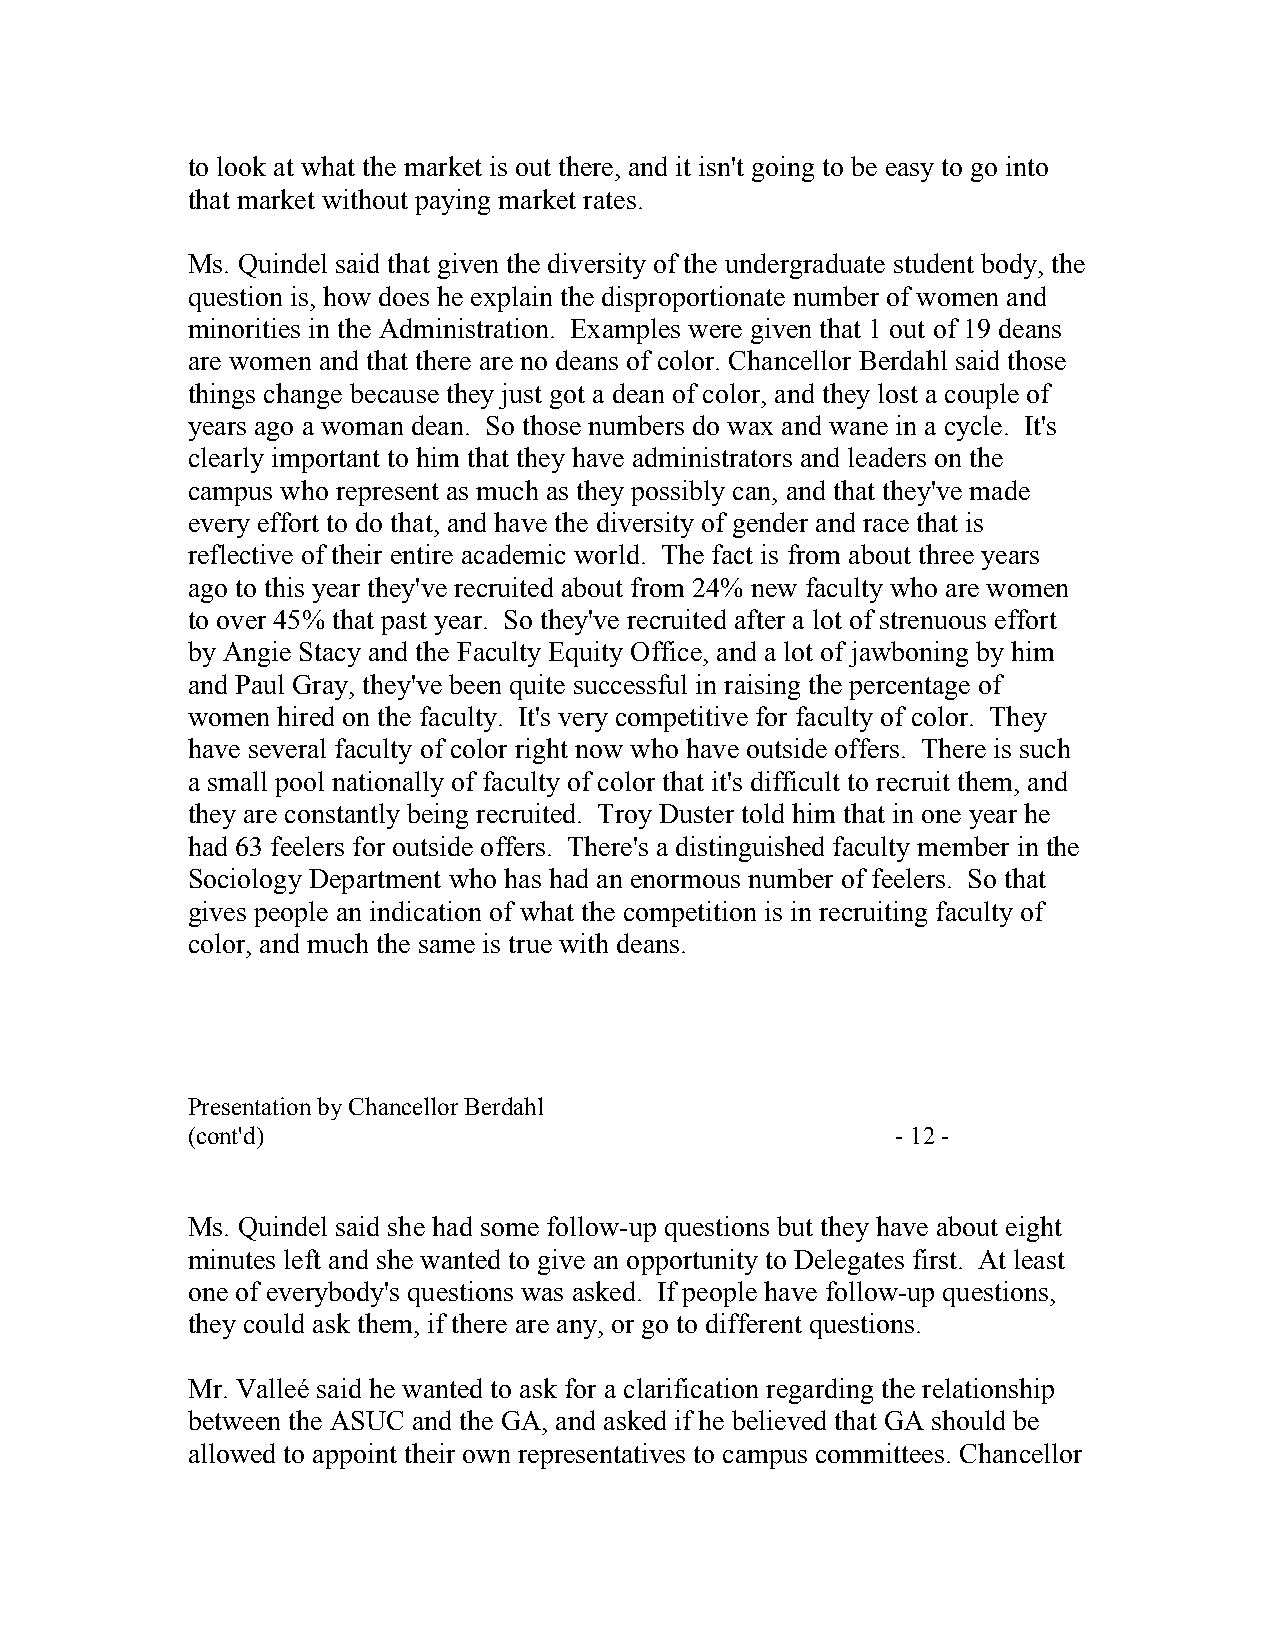
to look at what the market is out there, and it isn't going to be easy to go into
 that market without paying market rates.
 Ms. Quindel said that given the diversity of the undergraduate student body, the
 question is, how does he explain the disproportionate number of women and
 minorities in the Administration. Examples were given that 1 out of 19 deans
 are women and that there are no deans of color. Chancellor Berdahl said those
 things change because they just got a dean of color, and they lost a couple of
 years ago a woman dean. So those numbers do wax and wane in a cycle. It's
 clearly important to him that they have administrators and leaders on the
 campus who represent as much as they possibly can, and that they've made
 every effort to do that, and have the diversity of gender and race that is
 reflective of their entire academic world. The fact is from about three years
 ago to this year they've recruited about from 24% new faculty who are women
 to over 45% that past year. So they've recruited after a lot of strenuous effort
 by Angie Stacy and the Faculty Equity Office, and a lot of jawboning by him
 and Paul Gray, they've been quite successful in raising the percentage of
 women hired on the faculty. It's very competitive for faculty of color. They
 have several faculty of color right now who have outside offers. There is such
 a small pool nationally of faculty of color that it's difficult to recruit them, and
 they are constantly being recruited. Troy Duster told him that in one year he
 had 63 feelers for outside offers. There's a distinguished faculty member in the
 Sociology Department who has had an enormous number of feelers. So that
 gives people an indication of what the competition is in recruiting faculty of
 color, and much the same is true with deans.
 Presentation by Chancellor Berdahl
 (cont'd)                                       - 12 -
 Ms. Quindel said she had some follow-up questions but they have about eight
 minutes left and she wanted to give an opportunity to Delegates first. At least
 one of everybody's questions was asked. If people have follow-up questions,
 they could ask them, if there are any, or go to different questions.
 Mr. Valleé said he wanted to ask for a clarification regarding the relationship
 between the ASUC and the GA, and asked if he believed that GA should be
 allowed to appoint their own representatives to campus committees. Chancellor